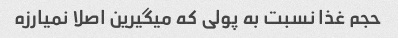
حجم غذا نسبت به پولی که میگیرین اصلا نمیارزه